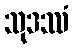
သုဒဿံ